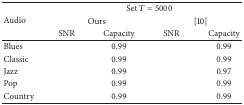
<table><thead><tr><td rowspan="3"><b>Audio</b></td><td colspan="4"><b>Set <i>T</i> = 5000</b></td></tr><tr><td colspan="2"><b>Ours</b></td><td colspan="2"><b>[10]</b></td></tr><tr><td><b>SNR</b></td><td><b>Capacity</b></td><td><b>SNR</b></td><td><b>Capacity</b></td></tr></thead><tbody><tr><td>Blues</td><td>[EMPTY_CELL]</td><td>0.99</td><td>[EMPTY_CELL]</td><td>0.99</td></tr><tr><td>Classic</td><td>[EMPTY_CELL]</td><td>0.99</td><td>[EMPTY_CELL]</td><td>0.99</td></tr><tr><td>Jazz</td><td>[EMPTY_CELL]</td><td>0.99</td><td>[EMPTY_CELL]</td><td>0.97</td></tr><tr><td>Pop</td><td>[EMPTY_CELL]</td><td>0.99</td><td>[EMPTY_CELL]</td><td>0.99</td></tr><tr><td>Country</td><td>[EMPTY_CELL]</td><td>0.99</td><td>[EMPTY_CELL]</td><td>0.99</td></tr></tbody></table>